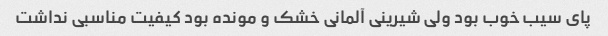
پای سیب خوب بود ولی شیرینی آلمانی خشک و مونده بود کیفیت مناسبی نداشت